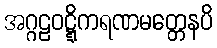
အဂ္ဂဠဝဋ္ဋိကရဏမတ္တေနပိ